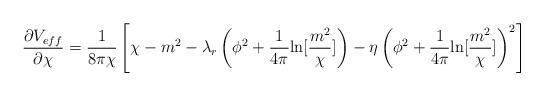
LaTeX: \begin{align*}\frac{\partial V_{eff}} {\partial \chi}= \frac{1} {8 \pi \chi} \left[\chi -m^2 - \lambda_r\left(\phi^2+\frac{1}{4 \pi} {\ln} [\frac{m^2}{\chi}] \right)- \eta \left( \phi^2+\frac{1}{4 \pi}{\ln} [\frac{m^2}{\chi}] \right)^2 \right]\end{align*}